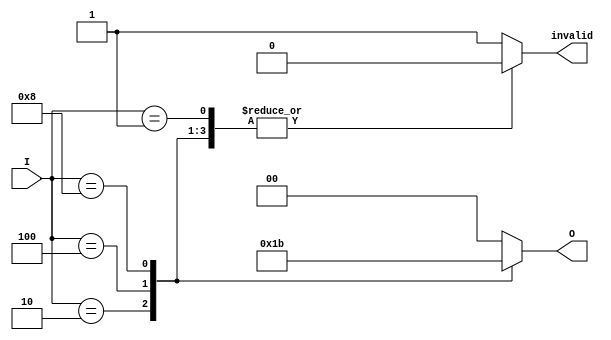
module multilevel_encoder (
    input wire [3:0] I,        // 4 input lines
    output reg [1:0] O,        // 2 output lines
    output reg invalid          // Invalid input signal
);

    always @(*) begin
        // Default outputs
        O = 2'b00;             // Default to 00
        invalid = 1'b1;        // Assume invalid state
        
        // Priority encoding logic
        case (I)
            4'b0001: begin O = 2'b00; invalid = 1'b0; end // I0 active
            4'b0010: begin O = 2'b01; invalid = 1'b0; end // I1 active
            4'b0100: begin O = 2'b10; invalid = 1'b0; end // I2 active
            4'b1000: begin O = 2'b11; invalid = 1'b0; end // I3 active
            default: begin O = 2'b00; end // Default if no active inputs
        endcase
    end

endmodule